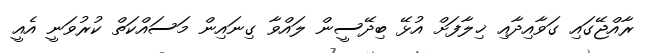
ރާއްޖޭގައި ގަވާއިދާއި ޚިލާފަށް އުޅޭ ބިދޭސީން ލައްވާ ގިނައިން މަސައްކަތް ކުރުވަނީ އެއީ